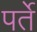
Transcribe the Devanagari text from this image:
पर्ते